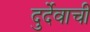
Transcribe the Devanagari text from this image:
दुर्देवाची